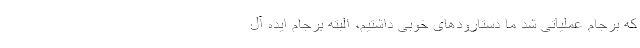
که برجام عملیاتی شد ما دستارودهای خوبی داشتیم، البته برجام ایده آل